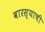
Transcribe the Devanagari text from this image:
वारस्याची